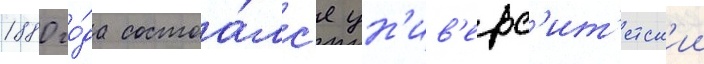
1880 го́да состоа́лс'я ун'ив'ерс'ит'етск'ии